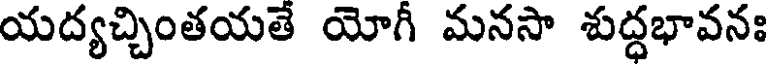
యద్యచ్చింతయతే యోగీ మనసా శుద్ధభావనః